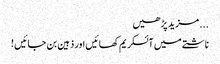
... مزید پڑھیں
ناشتے میں آئسکریم کھائیں اور ذہین بن جائیں !